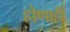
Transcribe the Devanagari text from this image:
होणाही